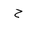
Letter: _ha